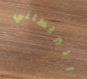
البريطاني